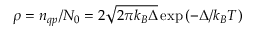
\rho = n _ { q p } / N _ { 0 } = 2 \sqrt { 2 \pi k _ { B } \Delta } \exp { ( - \Delta / k _ { B } T ) }